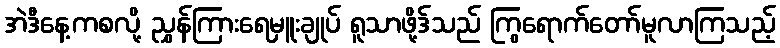
အဲဒီနေ့ကစလို့ ညွှန်ကြားရေမှူးချုပ် ရူသာဖို့ဒ်သည် ကြွရောက်တော်မူလာကြသည့်